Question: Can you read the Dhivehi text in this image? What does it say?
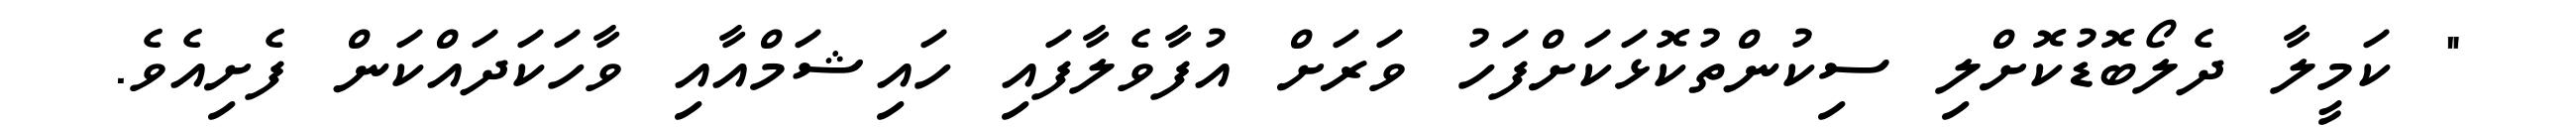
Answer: " ކަމީލާ ދެލޯބޮޑުކޮށްލި ސިކުންތުކޮޅަކަށްފަހު ވަރަށް އުފާވެލާފައި ހައިޝަމްއާއި ވާހަކަދައްކަން ފެށިއެވެ.